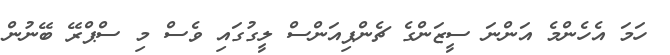
ހަމަ އެހެންމެ އަންނަ ސީޒަންގެ ޗެންޕިއަންސް ލީގުގައި ވެސް މި ސްޕްރޭ ބޭނުން